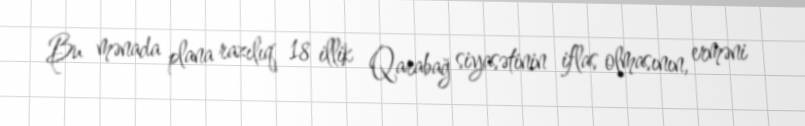
Bu mənada plana razılıq 18 illik Qarabağ siyasətinin iflas olmasının, erməni